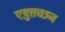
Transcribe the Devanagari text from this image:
एष़ुत्तच्छन